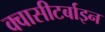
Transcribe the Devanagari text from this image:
क्वासीटर्बाइन